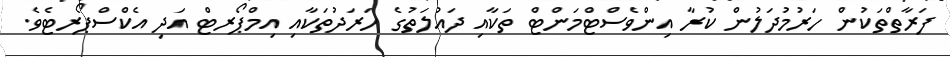
ފަރާތްތަކުން ހަރުމުދަލުން ކުރާ އިންވެސްޓްމަންޓް ތަކާއި ދައުލަތުގެ ހަރަދުތަކާއި އިމްޕޯރޓް އަދި އެކްސްޕޯރޓެވެ.